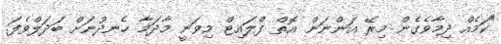
"ކަމެއް ދިމާވެގެން މިރޭ އަންނަން އޮތް ފްލައިޓް މިވަނީ މާދަމާ ހެނދުނަށް ބަދަލްވެފަ.